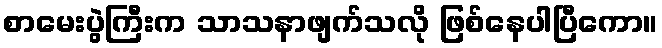
စာမေးပွဲကြီးက သာသနာဖျက်သလို ဖြစ်နေပါပြီကော။